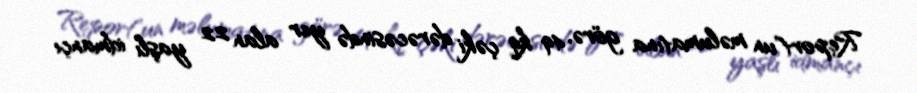
Report"un məlumatına görə, 49 kq çəki dərəcəsində yer alan 22 yaşlı idmançı